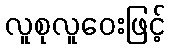
လူစုလူဝေးဖြင့်